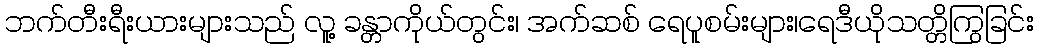
ဘက်တီးရီးယားများသည် လူ့ ခန္တာကိုယ်တွင်း၊ အက်ဆစ် ရေပူစမ်းများ၊ရေဒီယိုသတ္တိကြွခြင်း